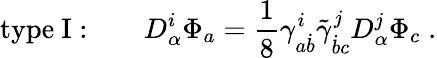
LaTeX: \mathrm{type~I:}\qquad D_{\alpha}^{i}\Phi_{a}={\frac{1}{8}}\gamma_{a\dot{b}}^{i}\tilde{\gamma}_{\dot{b}c}^{j}D_{\alpha}^{j}\Phi_{c}\; .